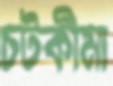
চটকীমা